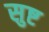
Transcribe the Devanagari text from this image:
सुष्ट